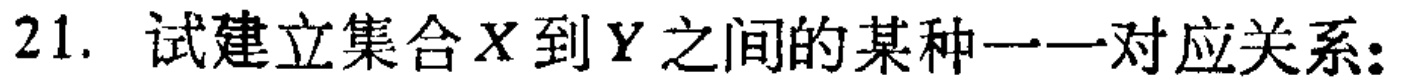
21. 试建立集合\(X\)到\(Y\)之间的某种一一对应关系: